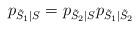
LaTeX: \begin{align*}p_{\tilde{S}_1|S}=p_{\tilde{S}_2|S}p_{\tilde{S}_1|\tilde{S}_2}\end{align*}